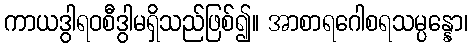
ကာယဒွါရဝစီဒွါမရှိသည်ဖြစ်၍။ အာစာရဂေါစရသမ္ပန္နော၊